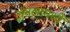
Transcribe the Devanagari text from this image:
अंमलामध्यें